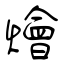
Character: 燴